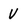
Character: v